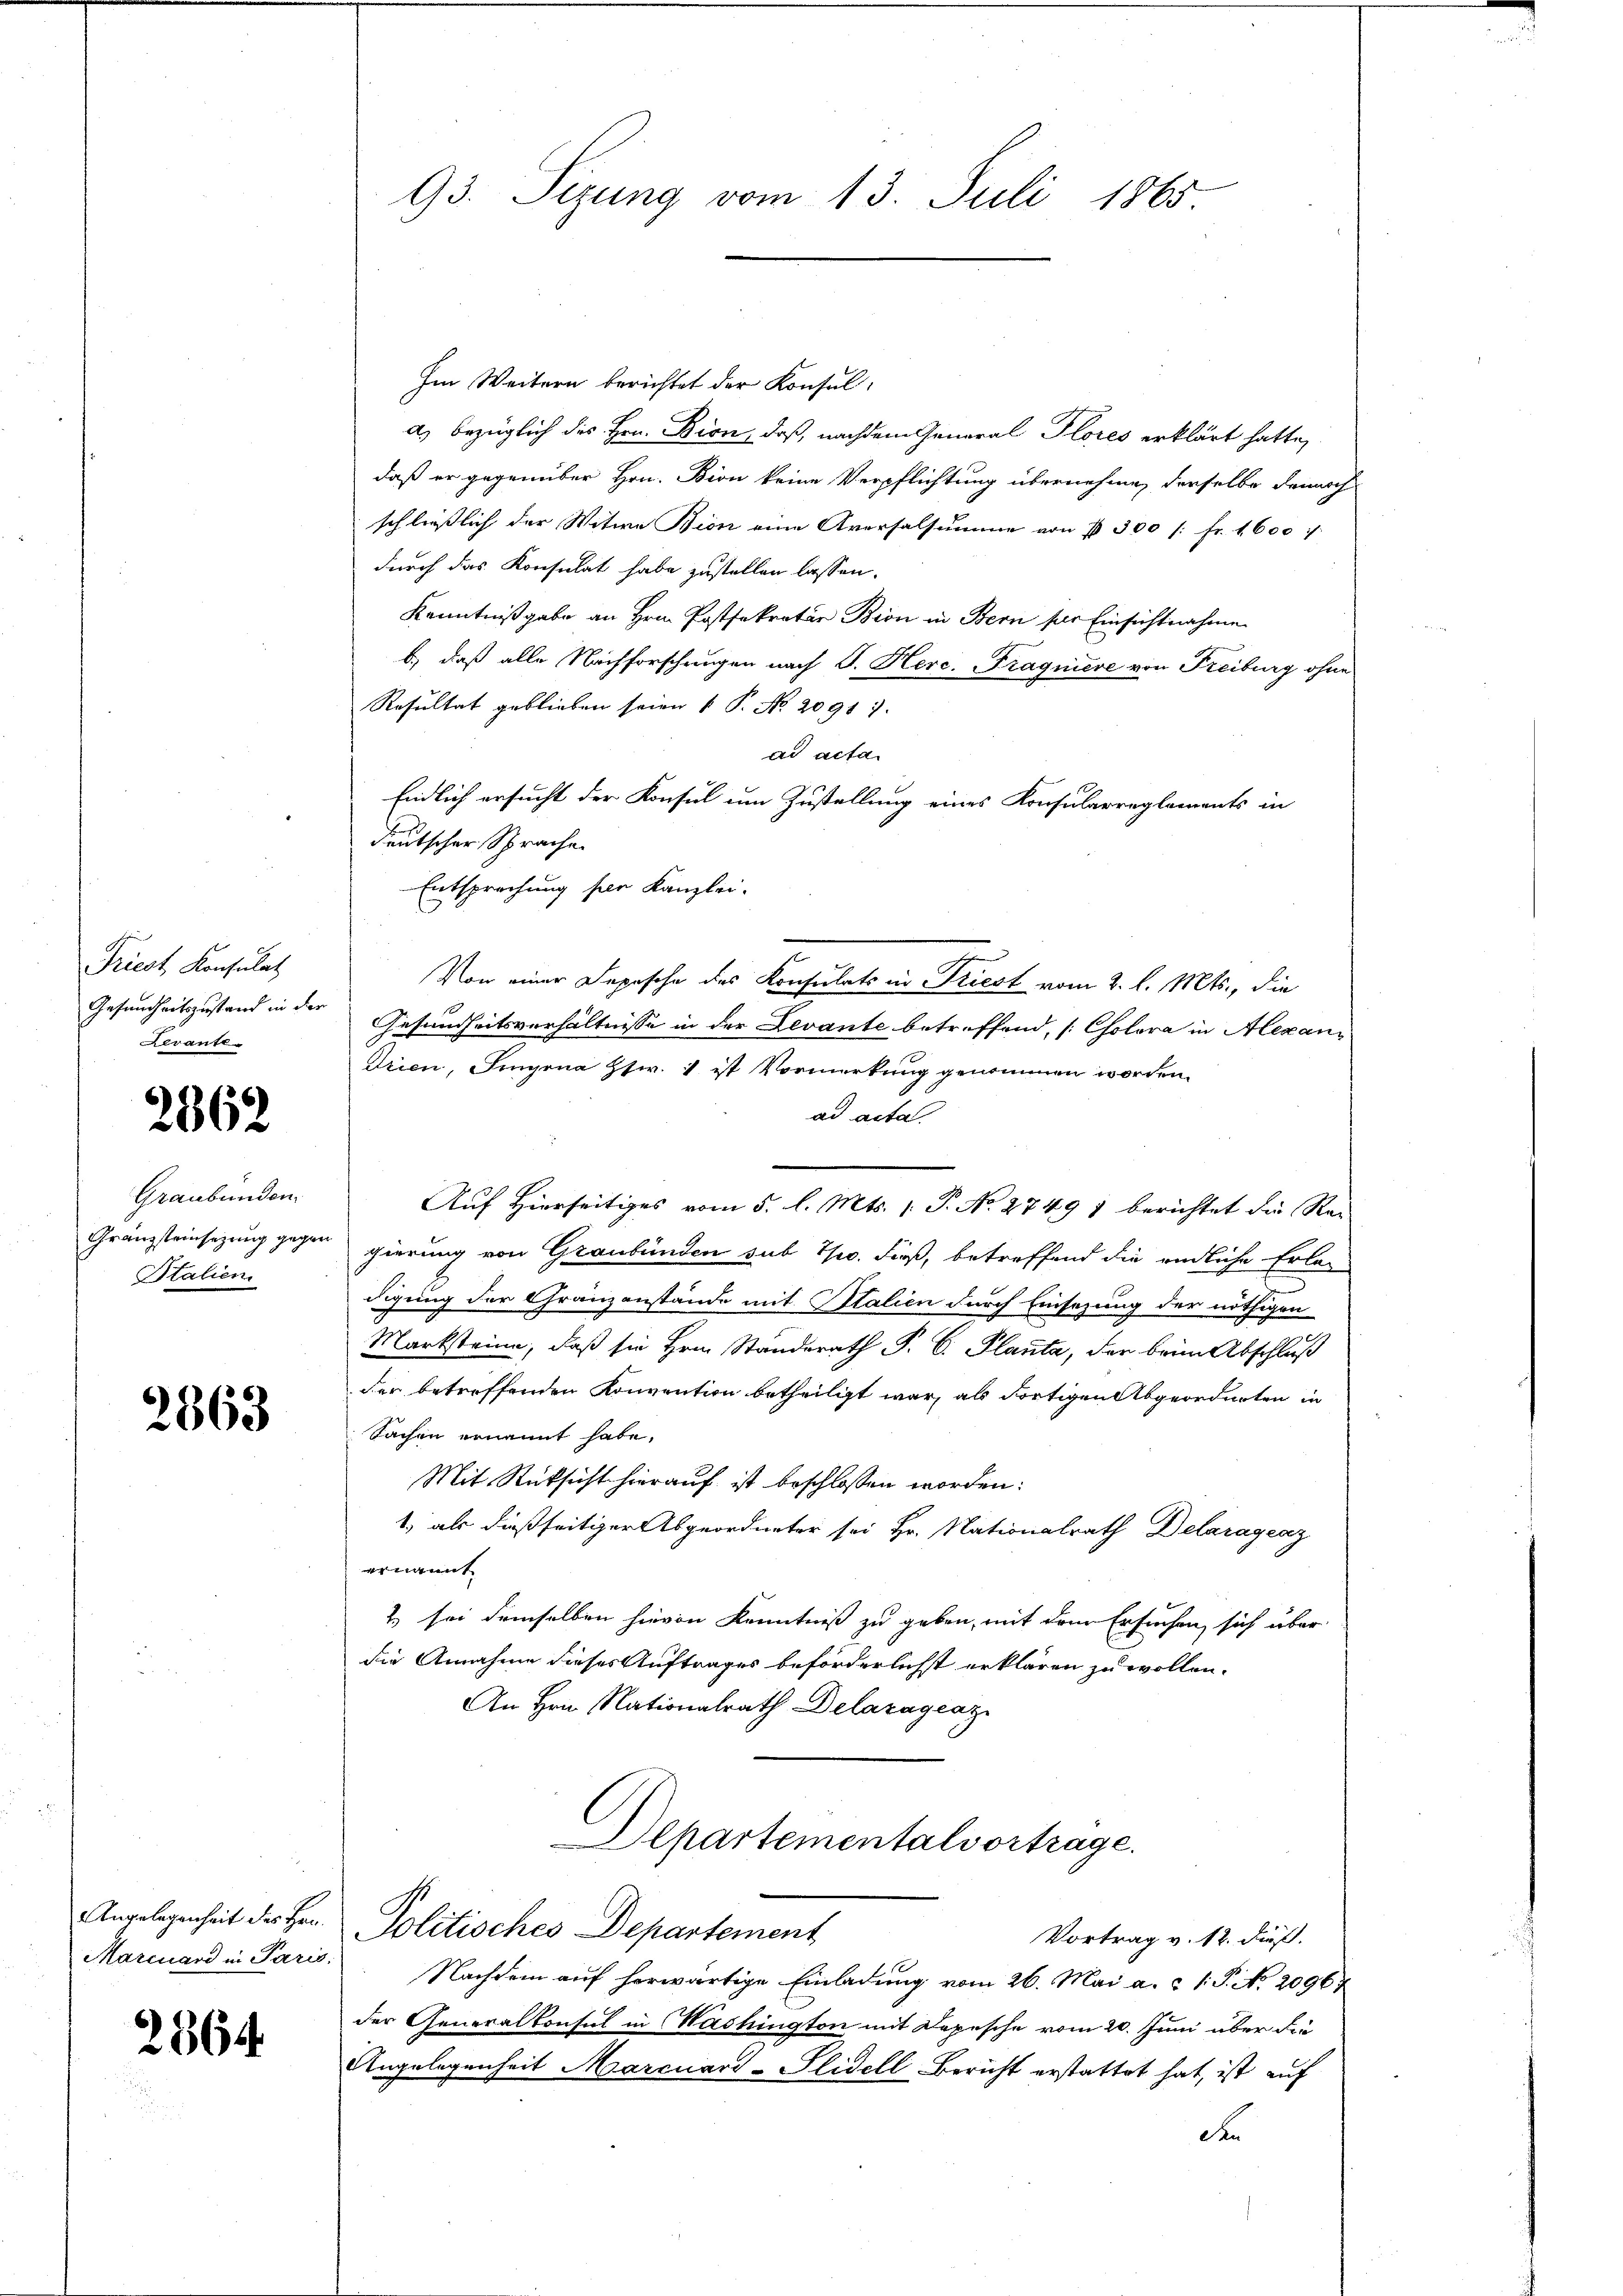
Triest Konsulat
Gesundheitszustand in der
evante

2362

Graubünden.
Gränzsteinsetzung gegen
Italien.

2363

Angelegenheit des Hrn.
Marcuard in Paris.

2564.

93. Sizung vom 13. Juli 1865.

Im Weitern berichtet der Konsul-
a) bezüglich des Hrn. Bion, daß, nachdem General Plores erklärt hatte,
daß er gegenüber Hrn. Bion keine Verpflichtung übernehmen derselbe danarch
schließlich der Witwe Bion eine Aversalsumme von § 300 [: fr. 1600
durch das Konsulat habe zustellen lassen.
Kenntnißgabe an Hrn. Postfekrater Bion in Bern für Einsichtnahme
b.) daß alle Nachforschungen nach P. Herc. Fragniere von Freiburg ohne
Resultat geblieben seien 1 P. No 20911.
ad acta
Endlich ersucht der Konsul um Zustellung eines Konsularreglements in
deutscher Sprache.
Entsprechung per Kanzlei.
Von einer Depesche des Konsulats in Triest vom 2. l. Mts., die
Gesundheitsverhältnisse in der Levante betreffend, [Colora in Alexandrien, Singena Zsw. 1 ist Vormerkung genommen worden.
ad acta
Auf Hierseitiges vom 5. l. Mts. (T. No 2749 1 berichtet die Rei-
gierung von Graubünden sub Io. dieß, betreffend die endliche Erladigung der Gränzanstände mit Italien durch Einsezung der nöthigen
Marksteine, daß sie Hrn. Standerath P. C. Planta, der beim Abschluß
der betreffenden Konvention betheiligt war, als dortigen Abgeordneten in
Sachen ernannt habe.
Mit Rücksicht hierauf ist beschlossen worden:
1) als dießseitiger Abgeordneter sei Hr. Nationalrath Delaragenz
ernannt
2) sei demselben hievon Kenntniß zu geben, mit dem Ersuchen sich über
die Annahme dieses Auftrages beförderlichst erklären zu wollen.
An Hrn. Nationalrath Delazagcaz
Departementalvortrage.
Politisches Departement
Vortrag v. 12. dieß.
Nachdem auf herwärtige Einladung vom 26. Mai a. c. 1. P. N. 20967
der Generalkonsul in Washington mit Depesche vom 20. Juni über die
Angelegenheit Marcuard-Slidell-Bericht erstattet hat, ist auf
Fr